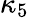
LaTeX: \kappa_{5}